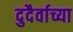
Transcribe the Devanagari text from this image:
दुदैर्वाच्या